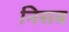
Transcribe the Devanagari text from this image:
निसब